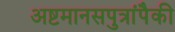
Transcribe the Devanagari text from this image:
अष्टमानसपुत्रांपैकी